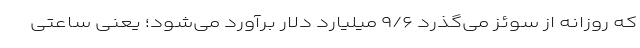
که روزانه از سوئز می‌گذرد ۹/۶ میلیارد دلار برآورد می‌شود؛ یعنی ساعتی